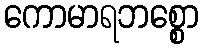
ကောမာရဘစ္စော